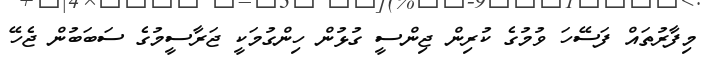
މިފާރުތައް ފަސޭހަ ވުމުގެ ކުރިން ޖިންސީ ގުޅުން ހިންގުމަކީ ޖަރާސީމުގެ ސަބަބުން ޖެހޭ